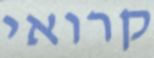
קרואי